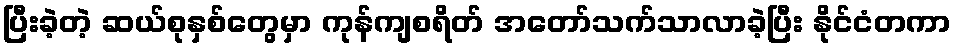
ပြီးခဲ့တဲ့ ဆယ်စုနှစ်တွေမှာ ကုန်ကျစရိတ် အတော်သက်သာလာခဲ့ပြီး နိုင်ငံတကာ